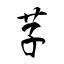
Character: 芓